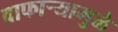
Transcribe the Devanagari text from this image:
वाफाऱ्यामुळे